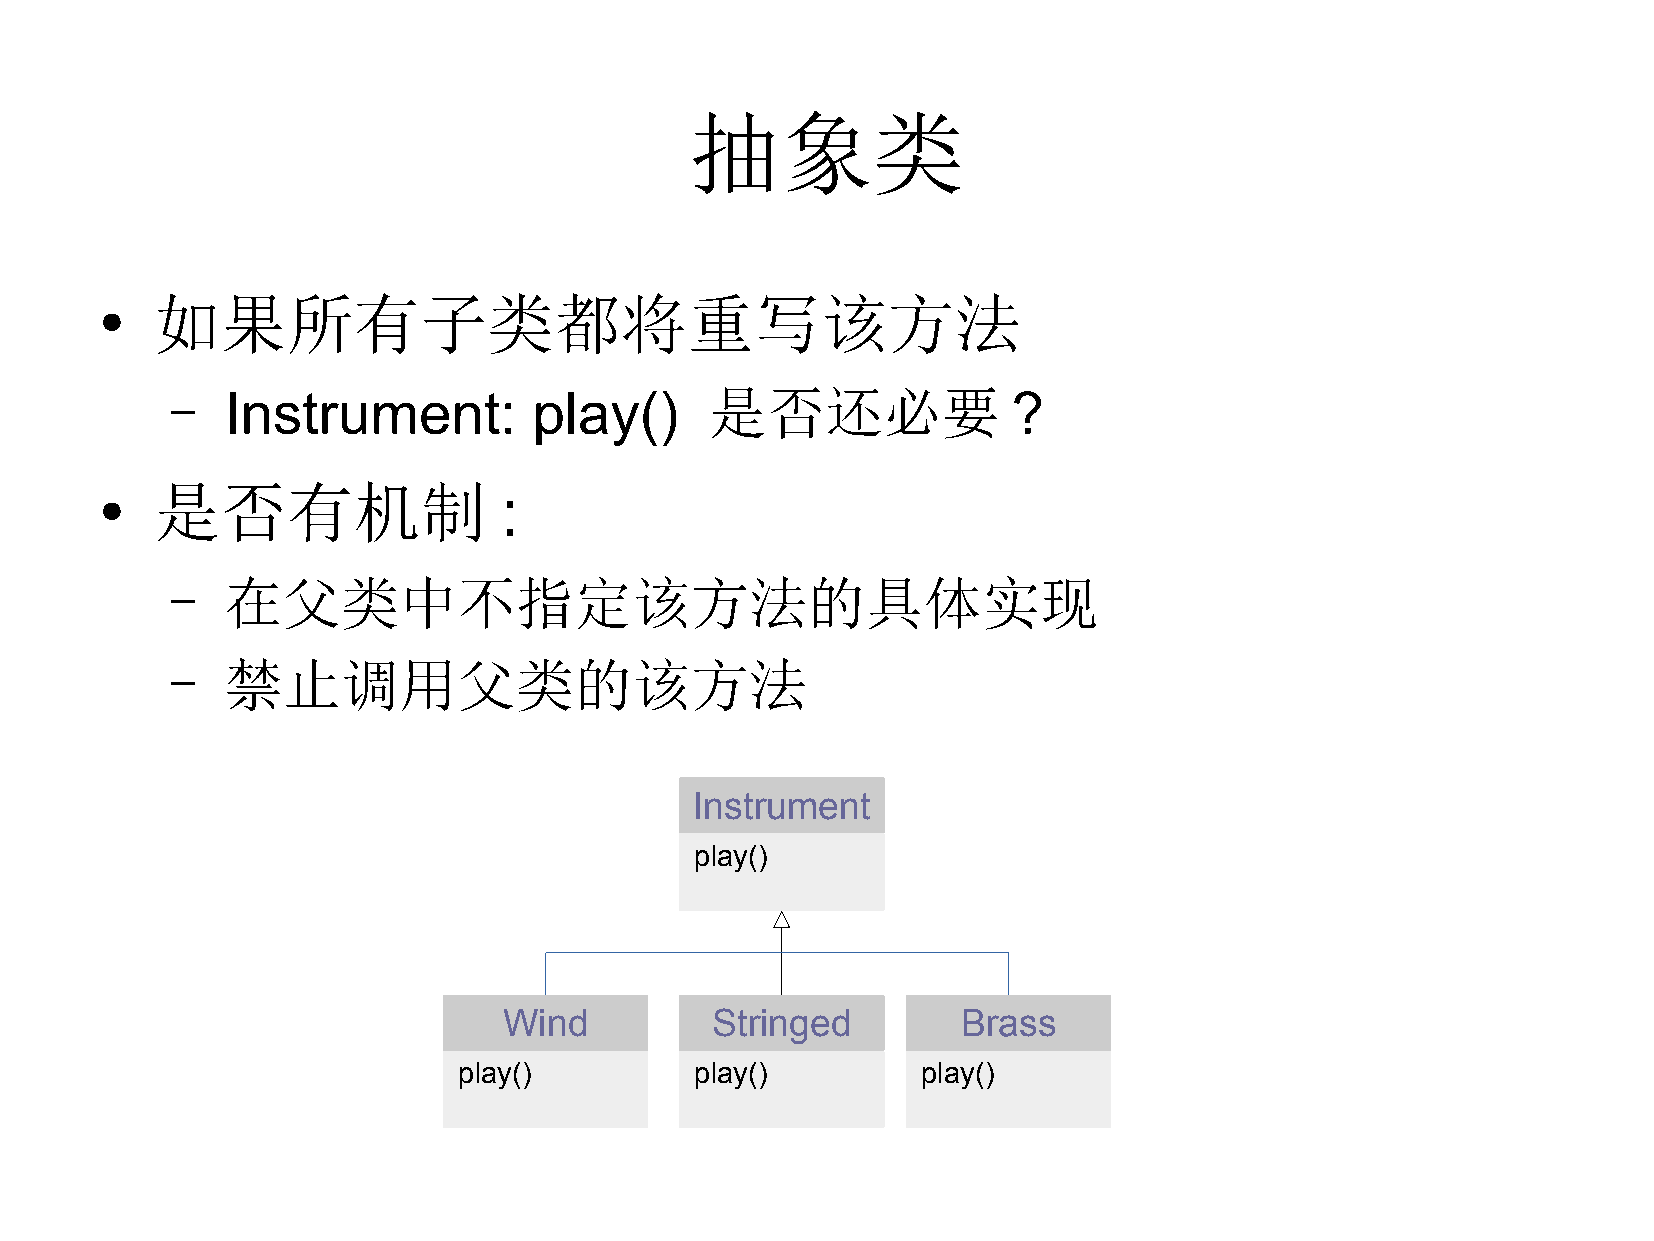
抽象类
 如果所有子类都将重写该方法
 ●
 –   Instrument:         play()      是否还必要               ?
 是否有机制                  :
 ●
 –   在父类中不指定该方法的具体实现
 –   禁止调用父类的该方法
 Instrument
 play()
 Wind          Stringed         Brass
 play()          play()         play()